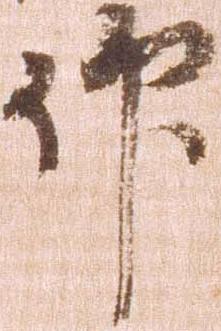
仰